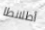
أطلانطا